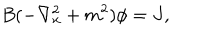
B ( - \nabla _ { x } ^ { 2 } + m ^ { 2 } ) \phi = J ,